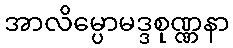
အာလိမ္ပောမဒ္ဒစုဏ္ဏနာ